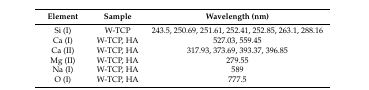
<table><thead><tr><td><b>Element</b></td><td><b>Sample</b></td><td><b>Wavelength (nm)</b></td></tr></thead><tbody><tr><td>Si (I)</td><td>W-TCP</td><td>243.5, 250.69, 251.61, 252.41, 252.85, 263.1, 288.16</td></tr><tr><td>Ca (I)</td><td>W-TCP, HA</td><td>527.03, 559.45</td></tr><tr><td>Ca (II)</td><td>W-TCP, HA</td><td>317.93, 373.69, 393.37, 396.85</td></tr><tr><td>Mg (II)</td><td>W-TCP, HA</td><td>279.55</td></tr><tr><td>Na (I)</td><td>W-TCP, HA</td><td>589</td></tr><tr><td>O (I)</td><td>W-TCP, HA</td><td>777.5</td></tr></tbody></table>